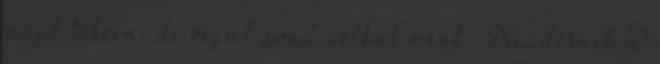
majd tekerni.de végül gond nélkül ment . Kezdésnek 10